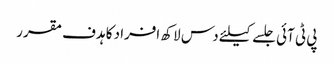
پی ٹی آئی جلسے کیلئے دس لاکھ افراد کا ہدف مقرر